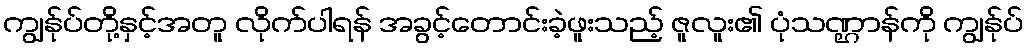
ကျွန်ုပ်တို့နှင့်အတူ လိုက်ပါရန် အခွင့်တောင်းခဲ့ဖူးသည့် ဇူလူး၏ ပုံသဏ္ဌာန်ကို ကျွန်ုပ်